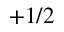
+ 1 / 2